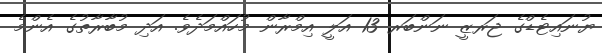
ޔުނައިޓެޑްގެ ޖަރޒީ ނަންބަރ 13 އަލީ އިމްރާން މުހައްމަދެވެ. އަދި މުބާރާތުގެ އެންމެ